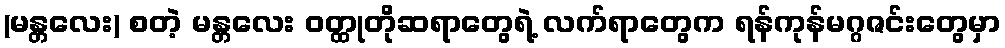
(မန္တလေး) စတဲ့ မန္တလေး ဝတ္ထုတိုဆရာတွေရဲ့ လက်ရာတွေက ရန်ကုန်မဂ္ဂဇင်းတွေမှာ